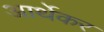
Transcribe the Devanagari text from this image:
आर्थेकर